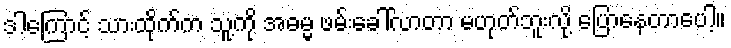
ဒါကြောင့် သားထိုက်က သူ့ကို အဓမ္မ ဖမ်းခေါ်လာတာ မဟုတ်ဘူးလို့ ပြောနေတာပေါ့။